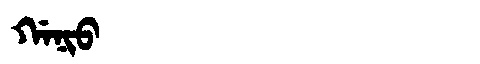
Manchu: ᡤᠠᠨᡳᠣ
Romanization: GANIO